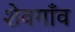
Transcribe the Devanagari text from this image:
शेवगाँव